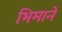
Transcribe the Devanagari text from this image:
भिमानेे